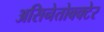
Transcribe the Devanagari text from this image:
असिनेतोबक्टेर